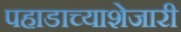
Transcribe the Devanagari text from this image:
पहाडाच्याशेजारी